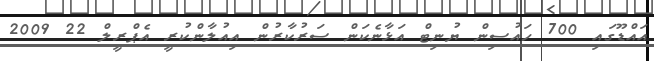
އައްޑޫގައި 700 ހައުސިން ޔުނިޓް އަޅާނެކަން ސަރުކާރުން އިއުލާންކުރީ އެޕްރީލް 22 2009